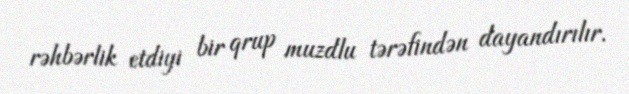
rəhbərlik etdiyi bir qrup muzdlu tərəfindən dayandırılır.